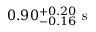
0 . 9 0 _ { - 0 . 1 6 } ^ { + 0 . 2 0 } \mathrm { ~ s ~ }